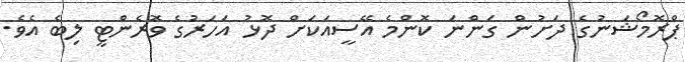
ޕްރޮމޯޝަނުގެ ދަށުން ގަންނަ ކޮންމެ އޭސީއަކަށް ދޮޅު އަހަރުގެ ވޮރެންޓީ ލިބެ އެވެ.